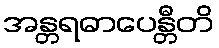
အန္တရဓာပေန္တီတိ